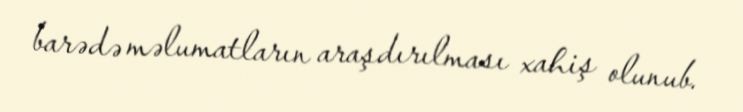
barədə məlumatların araşdırılması xahiş olunub.